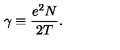
\gamma \equiv \frac { e ^ { 2 } N } { 2 T } .